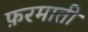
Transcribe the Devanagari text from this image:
फ़रमाती